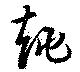
趒